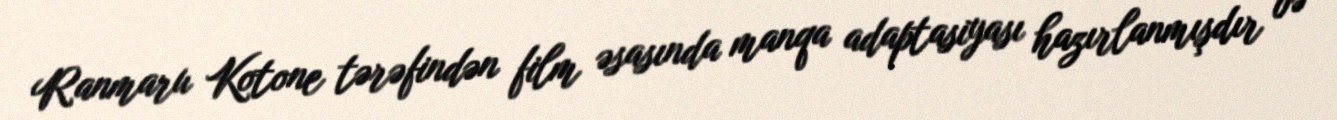
Ranmaru Kotone tərəfindən film əsasında manqa adaptasiyası hazırlanmışdır və